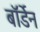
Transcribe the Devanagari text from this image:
बॉर्डेन